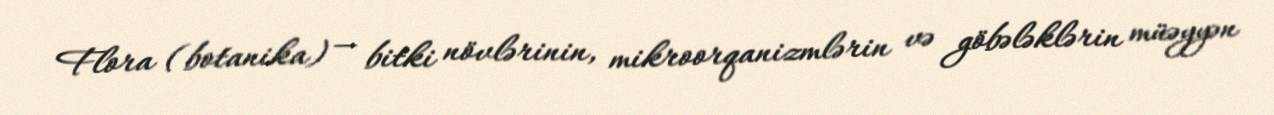
Flora (botanika) — bitki növlərinin, mikroorqanizmlərin və göbələklərin müəyyən